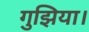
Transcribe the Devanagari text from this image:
गुझिया।